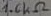
Text: 1.6KΩ